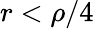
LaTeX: r<\rho/4